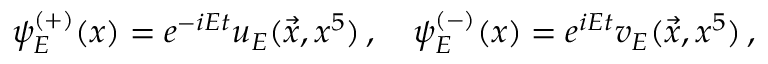
\psi _ { E } ^ { ( + ) } ( x ) = e ^ { - i E t } u _ { E } ( \vec { x } , x ^ { 5 } ) \, , \quad \psi _ { E } ^ { ( - ) } ( x ) = e ^ { i E t } v _ { E } ( \vec { x } , x ^ { 5 } ) \, ,